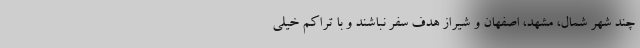
چند شهر شمال، مشهد، اصفهان و شیراز هدف سفر نباشند و با تراکم خیلی